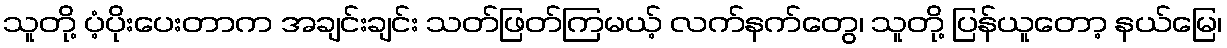
သူတို့ ပံ့ပိုးပေးတာက အချင်းချင်း သတ်ဖြတ်ကြမယ့် လက်နက်တွေ၊ သူတို့ ပြန်ယူတော့ နယ်မြေ၊